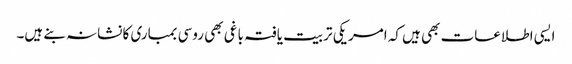
ایسی اطلاعات بھی ہیں کہ امریکی تربیت یافتہ باغی بھی روسی بمباری کا نشانہ بنے ہیں۔